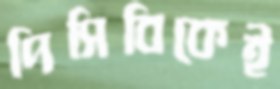
পিসিবিকেই